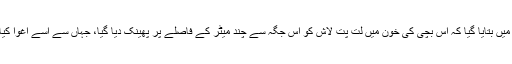
رپورٹ میں بتایا گیا کہ اس بچی کی خون میں لت پت لاش کو اس جگہ سے چند میٹر کے فاصلے پر پھینک دیا گیا، جہاں سے اسے اغوا کیا گیا تھا۔